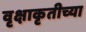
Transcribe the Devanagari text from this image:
वृक्षाकृतीच्या